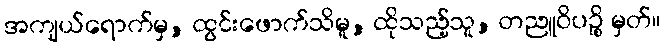
အကျယ်ရောက်မှ, ထွင်းဖောက်သိမူ, ထိုသည့်သူ, တညူဝိပဉ္စိ မှတ်။